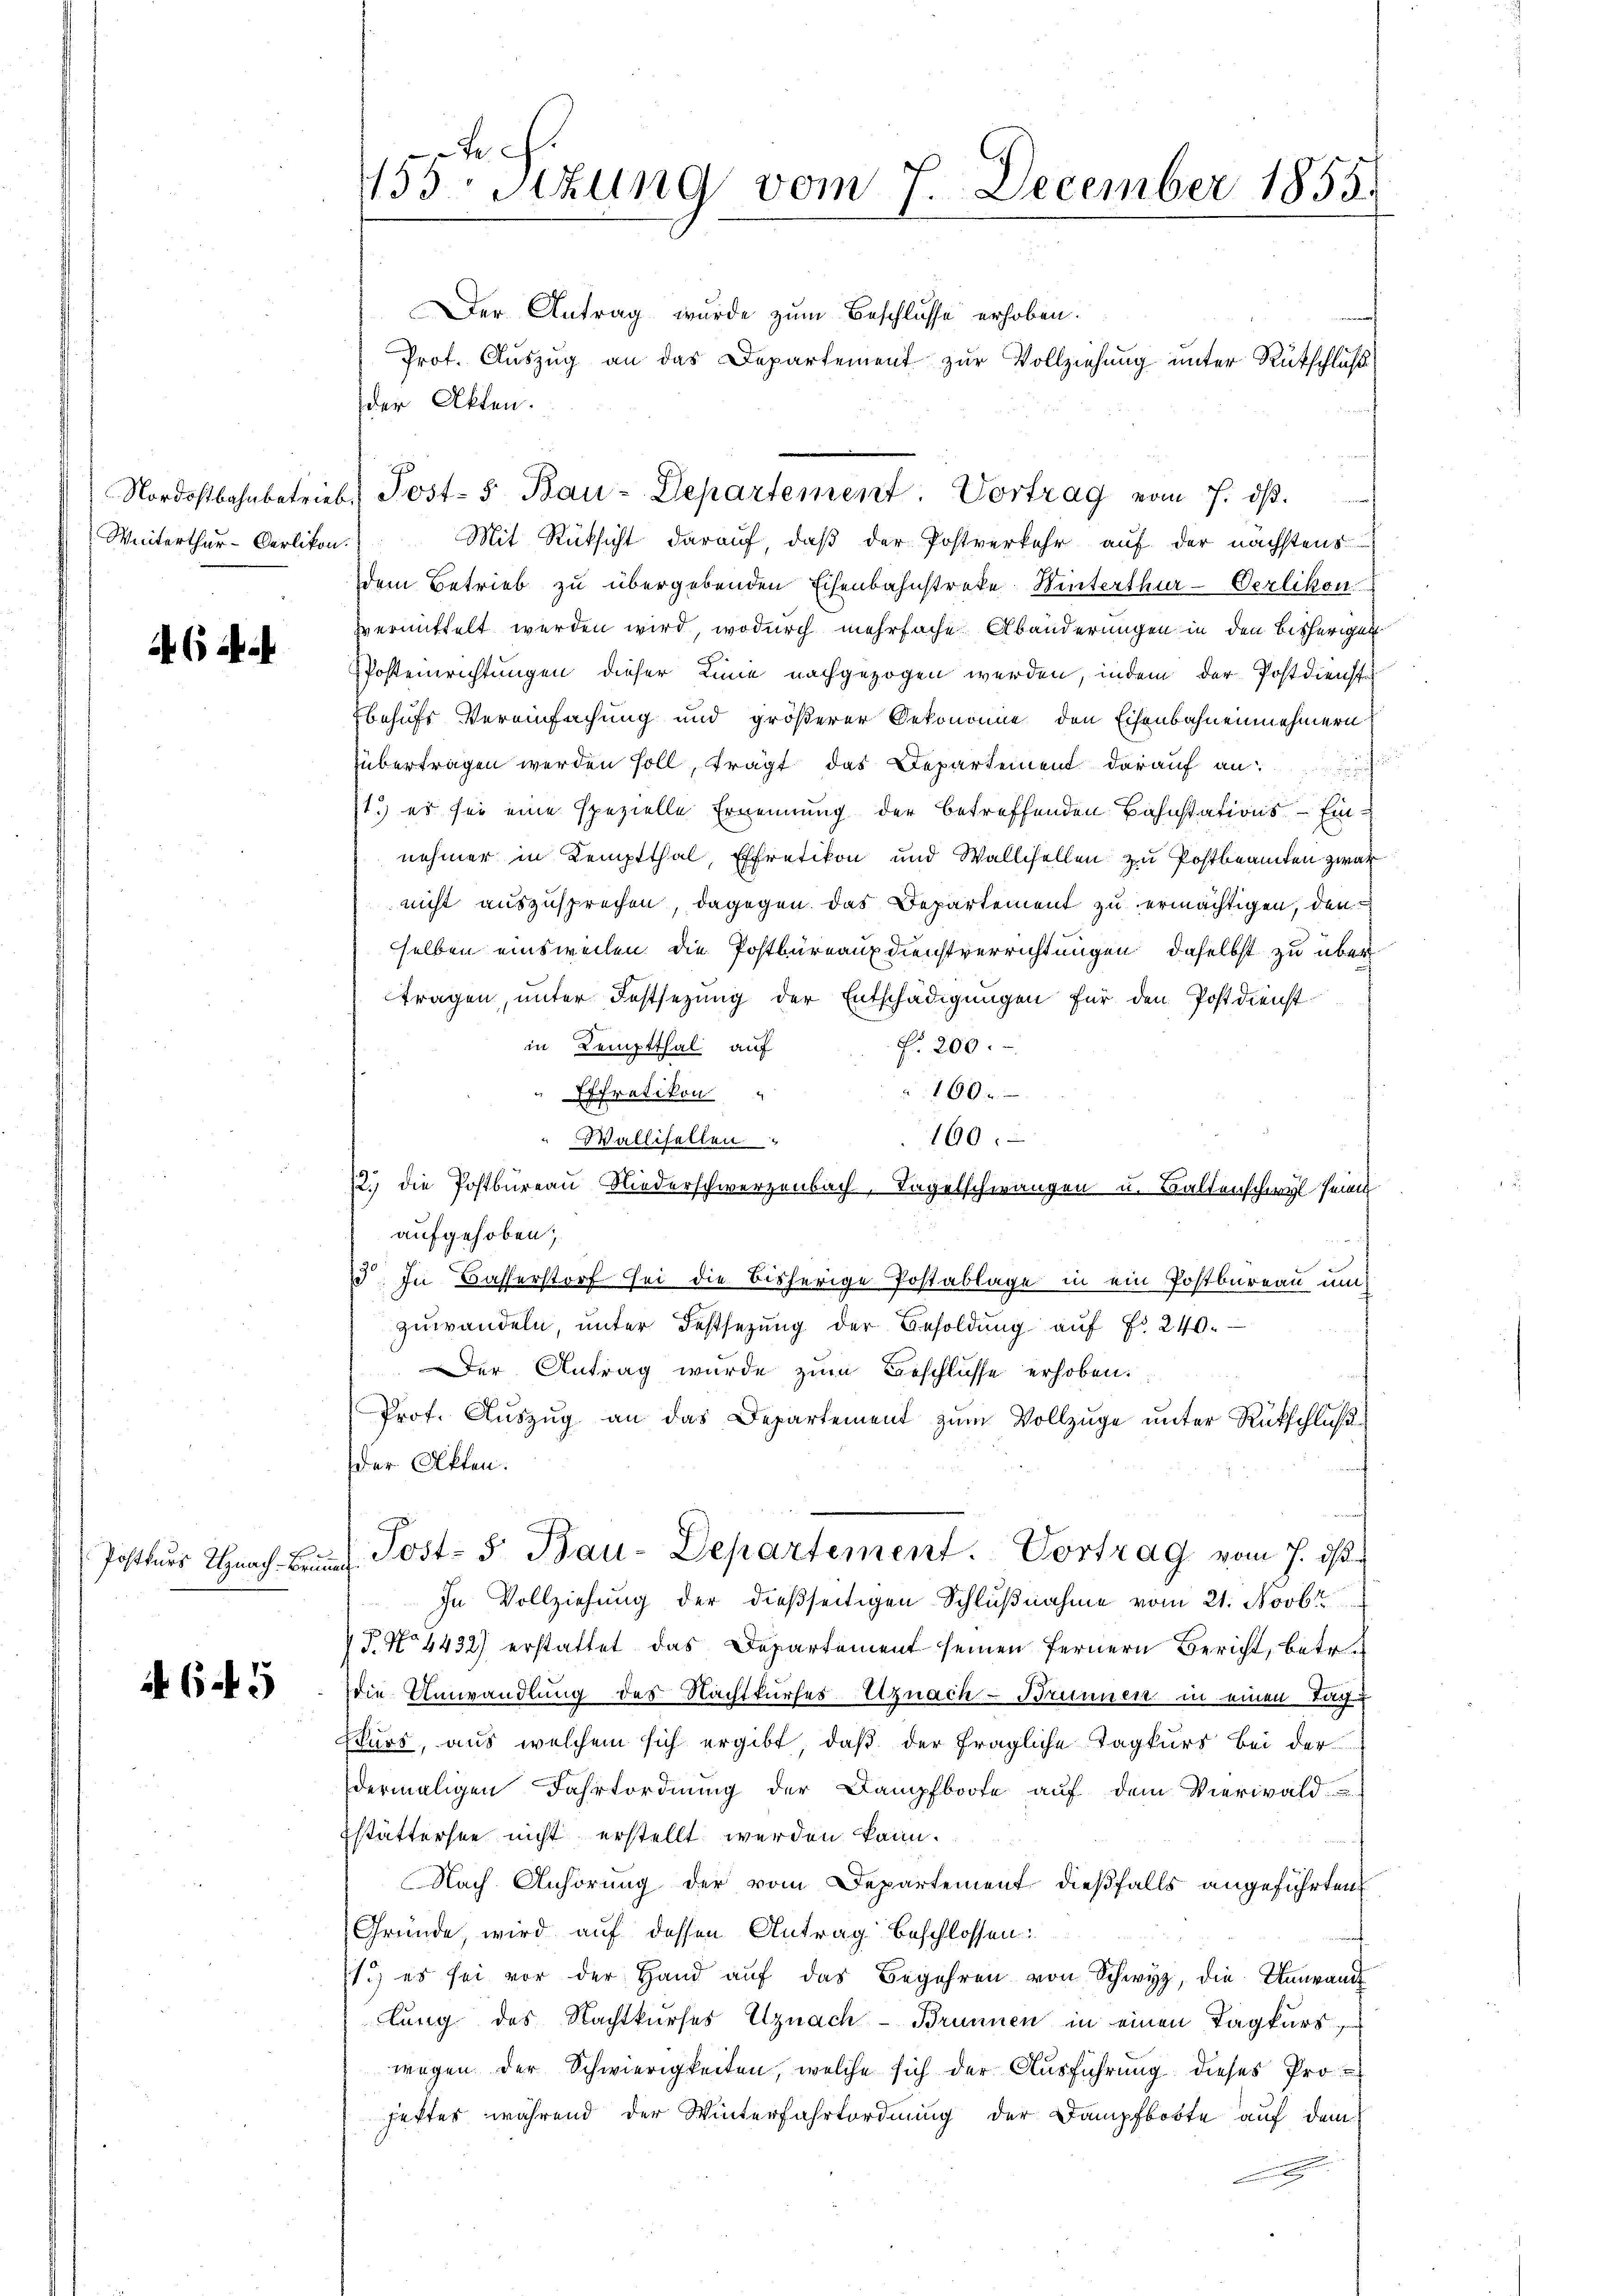
Winterthur-Oerlikon.

46 A

Postkurs Uznach - Brunn

6 f 5

tech
155 sizung vom 7. December 1855.

Der Antrag wurde zum Beschlusse erhoben.
Prot. Auszug an das Departement zur Vollziehung unter Rutschluß
der Akten.
Mit Rücksicht darauf, daβ der Postverkehr auf der nächstens
dem Betrieb zu übergebenden Eisenbahnstreke Winterthur Oerlikon
vermittelt werden wird, wodurch mehrfache Abänderungen in den bisherigen
PPostenrichtungen dieser Linie nachgezogen werden, indem der Postdienst
behufs Vereinfachung und größerer Oekonomie den Eisenbahnennehmern
übertragen werden soll, trägt das Departement darauf an
1.) es sei eine spezielle Ernennung der betreffenden Bahnstations-Einnehmer in Kemptthal, Effretikon und Wallisellen zu Postbeamten zwar
nicht auszusprechen, dagegen das Departement zu ermächtigen, den
selben einsweilen die Postbüreaux dienstverrichtungen, daselbst zu übertragen, unter Festsezung der Entschädigungen für den Postdienst
f. 200.
in Kemptthal auf
160.
Effretikon
160.
Wallifellen
2.) die Postbureau Niederschwerzenbach, Tagelschwangen u. Baltenschwyl seine
aufgehoben,
13. In Basserstorf sei die bisherige Postablage in ein Postbureau un
zuwandeln, unter Festsezung der Besoldŭng aŭf Fr. 240.
Der Antrag wurde zum Beschlüsse erhoben.
Prof. Auszug an das Departement zum Vollzüge unter Rückschluß
der Akten.
 Post- 5. Bau-Departement. Vortrag vom 7. ds.
alt
In Vollziehung der dießseitigen Schlußnahme vom 21. Novbr
P. No 4432) erstattet das Departement seinen fernern Bericht, betr.
die Umwandlung des Nachtkurses Uznach Brunnen in einen Tag
Kurs, aus welchem sich ergibt, daß der fragliche Tagkurs bei der
dermaligen Fahrtordnung der Dampfboote auf dem Vierwald
Estättersee nicht erstellt werden kann.
Nach Anhörung der vom Departement dießfalls angeführten
Gründe, wird auf dessen Antrag beschlossen:
1.) es sei vor der Hand aŭf das Begehren von Schwyz, die Unnrand
lung des Nachtkurses Uznach - Brunnen in einen Tagkurs
wegen der Schwierigkeiten, welche sich der Ausführung dieses Projetter während der Winterfahrtordnung der Dampfboote auf dem

Nordostbahnbetrieb. Post- 5 Bau-Departement: Vortrag vom 7. dβ.